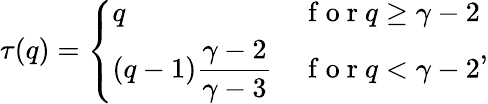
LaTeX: \tau(q)=\left\{ \begin{array}{ll}{q}&{\mathrm{~f~o~r~}q\ge\gamma-2}\\ {\displaystyle(q-1)\frac{\gamma-2}{\gamma-3}}&{\mathrm{~f~o~r~}q<\gamma-2}\end{array}\right.,